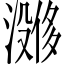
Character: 𪷔